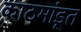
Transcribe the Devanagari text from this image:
काठमांडूत